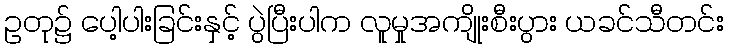
ဥတု၌ ပေါ့ပါးခြင်းနှင့် ပွဲပြီးပါက လူမှုအကျိုးစီးပွား ယခင်သီတင်း